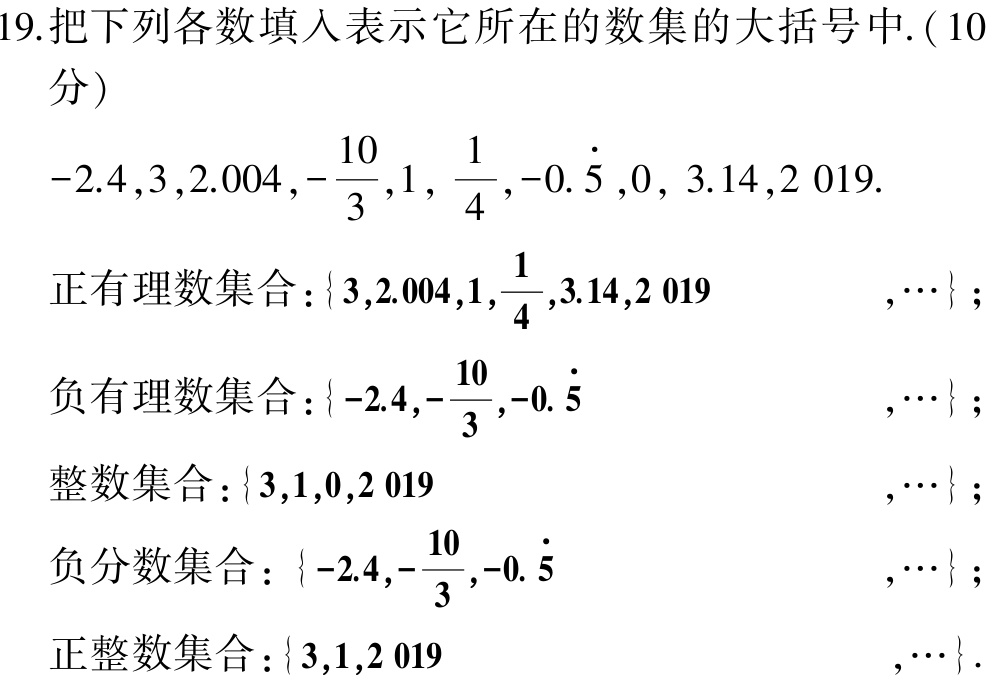
19.把下列各数填入表示它所在的数集的大括号中. ($10$分)

$-2.4,3,2.004,-\dfrac{10}{3},1,\dfrac{1}{4},-0.\dot{5},0, 3.14,2\ 019.$

正有理数集合：$\{3,2.004,1,\dfrac{1}{4},3.14,2\ 019,\cdots\}$；

负有理数集合：$\{-2.4,-\dfrac{10}{3},-0.\dot{5},\cdots\}$；

整数集合：$\{3,1,0,2\ 019,\cdots\}$；

负分数集合：$\{-2.4,-\dfrac{10}{3},-0.\dot{5},\cdots\}$；

正整数集合：$\{3,1,2\ 019,\cdots\}$.